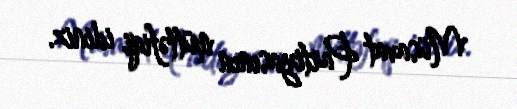
Müsavat Partiyasının müttəfiqi idiniz.